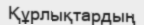
Құрлықтардың